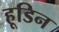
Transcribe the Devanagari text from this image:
हूडिन